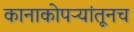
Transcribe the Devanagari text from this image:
कानाकोपऱ्यांतूनच